Indian journal of veterinary science and animal husbandry - Volumes 18-21, 1948-1951
Year: 1948
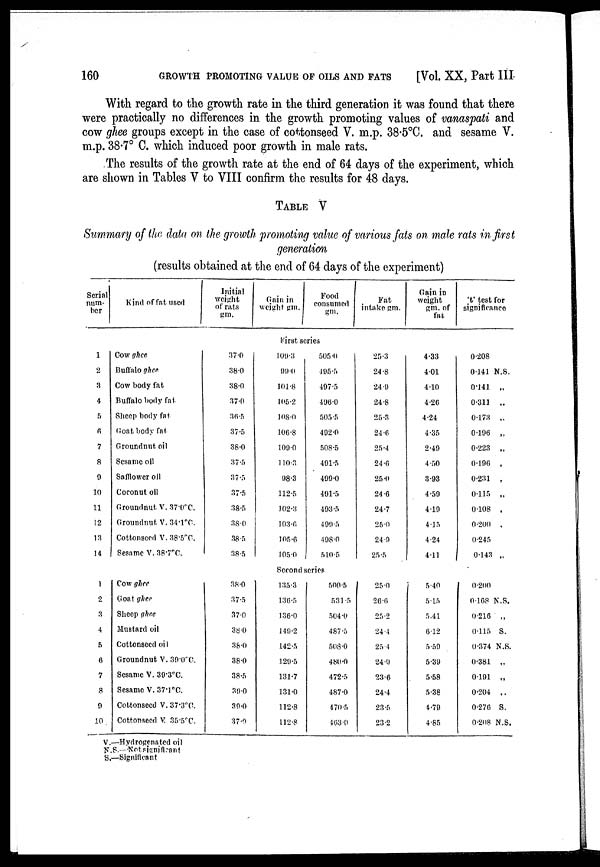
160
GROWTH PROMOTING VALUE OF OILS AND FATS
[Vol. XX, Part III
With regard to the growth rate in the third generation it was found that there
were practically no differences in the growth promoting values of vanaspati and
cow ghee groups except in the case of cottonseed V. m.p. 38.5°C. and sesame V.
m.p. 38.7° C. which induced poor growth in male rats.
The results of the growth rate at the end of 64 days of the experiment, which
are shown in Tables V to VIII confirm the results for 48 days.
TABLE V
Summary of the data on the growth promoting value of various fats on male rats in first
generation
(results obtained at the end of 64 days of the experiment)
Serial
num-
ber
Kind of fat used
Initial
weight
of rats
gm.
Gain in
weight gm.
Food
consumed
gm.
Fat
intake gm.
Gain in
weight
gm. of
fat
't' test for
significance
First series
1
2
3
4
5
6
7
8
9
10
11
12
13
14
Cow ghee
Buffalo ghee
Cow body fat
Buffalo body fat
Sheep body fat
Goat body fat
Groundnut oil
Sesame oil
Safflower oil
Coconut oil
Groundnut V. 37.0°C.
Groundnut V. 34.1°C.
Cottonseed V. 38.5°C.
Sesame V. 38.7°C.
37.0
38.0
38.0
37.0
36.5
37.5
38.0
37.5
37.5
37.5
38.5
38.0
38.5
38.5
109.3
99.0
101.8
105.2
108.0
106.8
109.0
110.3
98.3
112.5
102.3
103.6
105.6
105.0
505.0
495.5
497.5
496.0
505.5
492.0
508.5
491.5
499.0
491.5
493.5
499.5
498.0
510.5
25.3
24.8
24.9
24.8
25.3
24.6
25.4
24.6
25.0
24.6
24.7
25.0
24.9
25.5
4.33
4.01
4.10
4.26
4.24
4.35
2.49
4.50
3.93
4.59
4.10
4.15
4.24
4.11
0.208
0.141 N.S.
0141 „
0.311 „
0.173 „
0.196 „
0.223 „
0.196 „
0.231 „
0.115 „
0.108 ,
0.200 ,
0.245
0.143 „
Second series
1
2
3
4
5
6
7
8
9
10
Cow ghee
Goat ghee
Sheep ghee
Mustard oil
Cottonseed oil
Groundnut V. 39.0°C.
Sesame V. 39.3°C.
Sesame V. 37.1°C.
Cottonseed V. 37.3°C.
Cottonseed V. 35.5°C.
38.0
37.5
37.0
38.0
38.0
38.0
38.5
39.0
39.0
37.0
135.3
136.5
136.0
149.2
142.5
129.5
131.7
131.0
112.8
112.8
500.5
531.5
504.0
487.5
508.0
480.0
472.5
487.0
470.5
463.0
25 0
26.6
25.2
24.4
25.4
24.0
23.6
24.4
23.5
23.2
5.40
5.15
5.41
6.12
5.59
5.39
5.58
5.38
4.79
4.85
0.200
0.168 N.S.
0.216 „
0.115 S.
0.374 N.S.
0.381 „
0.191 „
0.204 „
0.276 S.
0.208 N.S.
V.—Hydrogenated oil
N.S.—Not significant
S.—Significant